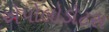
એપોલોડોટસ